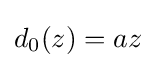
d_{0}(z)=az